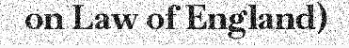
on Law of England)